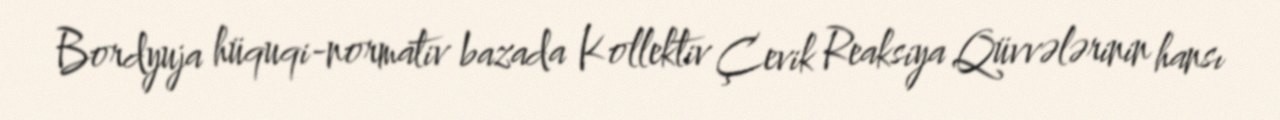
Bordyuja hüquqi-normativ bazada Kollektiv Çevik Reaksiya Qüvvələrinin hansı